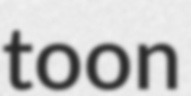
toon